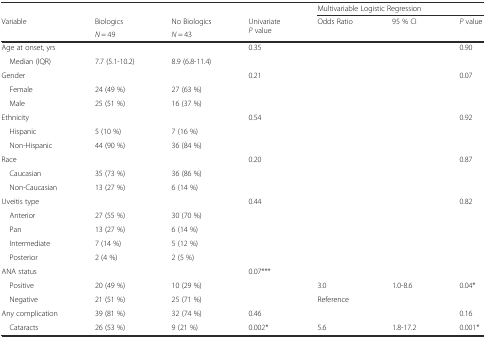
<table><thead><tr><td></td><td></td><td></td><td></td><td colspan="3"><b>Multivariable Logistic Regression</b></td></tr><tr><td rowspan="2"><b>Variable</b></td><td><b>Biologics</b></td><td><b>No Biologics</b></td><td rowspan="2"><b>Univariate <i>P</i> value</b></td><td rowspan="2"><b>Odds Ratio</b></td><td rowspan="2"><b>95 % CI</b></td><td rowspan="2"><b><i>P</i> value</b></td></tr><tr><td><b><i>N</i> = 49</b></td><td><b><i>N</i> = 43</b></td></tr></thead><tbody><tr><td>Age at onset, yrs</td><td></td><td></td><td>0.35</td><td></td><td></td><td>0.90</td></tr><tr><td> Median (IQR)</td><td>7.7 (5.1-10.2)</td><td>8.9 (6.8-11.4)</td><td></td><td></td><td></td><td></td></tr><tr><td>Gender</td><td></td><td></td><td>0.21</td><td></td><td></td><td>0.07</td></tr><tr><td> Female</td><td>24 (49 %)</td><td>27 (63 %)</td><td></td><td></td><td></td><td></td></tr><tr><td> Male</td><td>25 (51 %)</td><td>16 (37 %)</td><td></td><td></td><td></td><td></td></tr><tr><td>Ethnicity</td><td></td><td></td><td>0.54</td><td></td><td></td><td>0.92</td></tr><tr><td> Hispanic</td><td>5 (10 %)</td><td>7 (16 %)</td><td rowspan="2"></td><td rowspan="2"></td><td rowspan="2"></td><td rowspan="2"></td></tr><tr><td> Non-Hispanic</td><td>44 (90 %)</td><td>36 (84 %)</td></tr><tr><td>Race</td><td></td><td></td><td>0.20</td><td></td><td></td><td>0.87</td></tr><tr><td> Caucasian</td><td>35 (73 %)</td><td>36 (86 %)</td><td rowspan="2"></td><td rowspan="2"></td><td rowspan="2"></td><td rowspan="2"></td></tr><tr><td> Non-Caucasian</td><td>13 (27 %)</td><td>6 (14 %)</td></tr><tr><td>Uveitis type</td><td></td><td></td><td>0.44</td><td></td><td></td><td>0.82</td></tr><tr><td> Anterior</td><td>27 (55 %)</td><td>30 (70 %)</td><td rowspan="4"></td><td rowspan="4"></td><td rowspan="4"></td><td rowspan="4"></td></tr><tr><td> Pan</td><td>13 (27 %)</td><td>6 (14 %)</td></tr><tr><td> Intermediate</td><td>7 (14 %)</td><td>5 (12 %)</td></tr><tr><td> Posterior</td><td>2 (4 %)</td><td>2 (5 %)</td></tr><tr><td>ANA status</td><td></td><td></td><td>0.07***</td><td></td><td></td><td></td></tr><tr><td> Positive</td><td>20 (49 %)</td><td>10 (29 %)</td><td></td><td>3.0</td><td>1.0-8.6</td><td>0.04*</td></tr><tr><td> Negative</td><td>21 (51 %)</td><td>25 (71 %)</td><td></td><td>Reference</td><td></td><td></td></tr><tr><td>Any complication</td><td>39 (81 %)</td><td>32 (74 %)</td><td>0.46</td><td></td><td></td><td>0.16</td></tr><tr><td> Cataracts</td><td>26 (53 %)</td><td>9 (21 %)</td><td>0.002*</td><td>5.6</td><td>1.8-17.2</td><td>0.001*</td></tr></tbody></table>